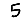
Digit: 5